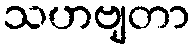
သဟဗျတာ